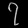
Digit: ၇